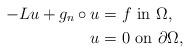
LaTeX: \begin{align*}-L u + g_n\circ u & = f \,\,\mbox{in}\,\, \Omega, \\u & = 0 \,\,\mbox{on}\,\, \partial\Omega, \end{align*}